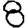
Digit: 8